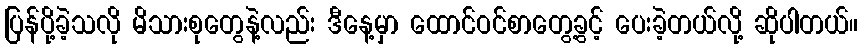
ပြန်ပို့ခဲ့သလို မိသားစုတွေနဲ့လည်း ဒီနေ့မှာ ထောင်ဝင်စာတွေ့ခွင့် ပေးခဲ့တယ်လို့ ဆိုပါတယ်။